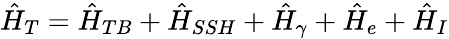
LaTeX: \hat{H}_{T}=\hat{H}_{TB}+\hat{H}_{SSH}+\hat{H}_{\gamma}+\hat{H}_{e}+\hat{H}_{I}